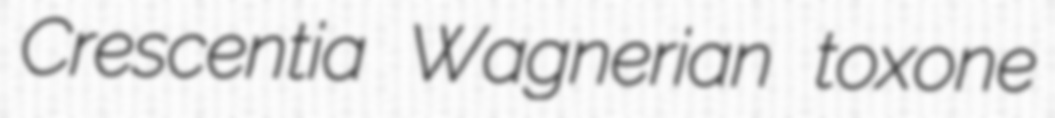
Crescentia Wagnerian toxone